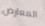
المعارض